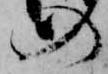
の